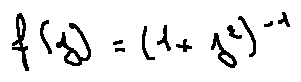
f ( z ) = ( 1 + z ^ { 2 } ) ^ { - 1 }